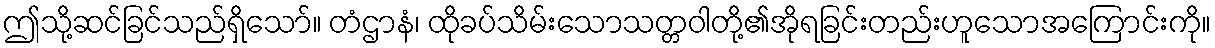
ဤသို့ဆင်ခြင်သည်ရှိသော်။ တံဌာနံ၊ ထိုခပ်သိမ်းသောသတ္တဝါတို့၏အိုရခြင်းတည်းဟူသောအကြောင်းကို။